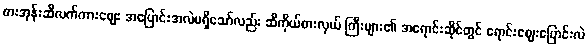
စားအုန်းဆီလက်ကားဈေး အပြောင်းအလဲမရှိသော်လည်း ဆီကိုယ်စားလှယ် ကြီးများ၏ အရောင်းဆိုင်တွင် ရောင်းဈေးပြောင်းလဲ